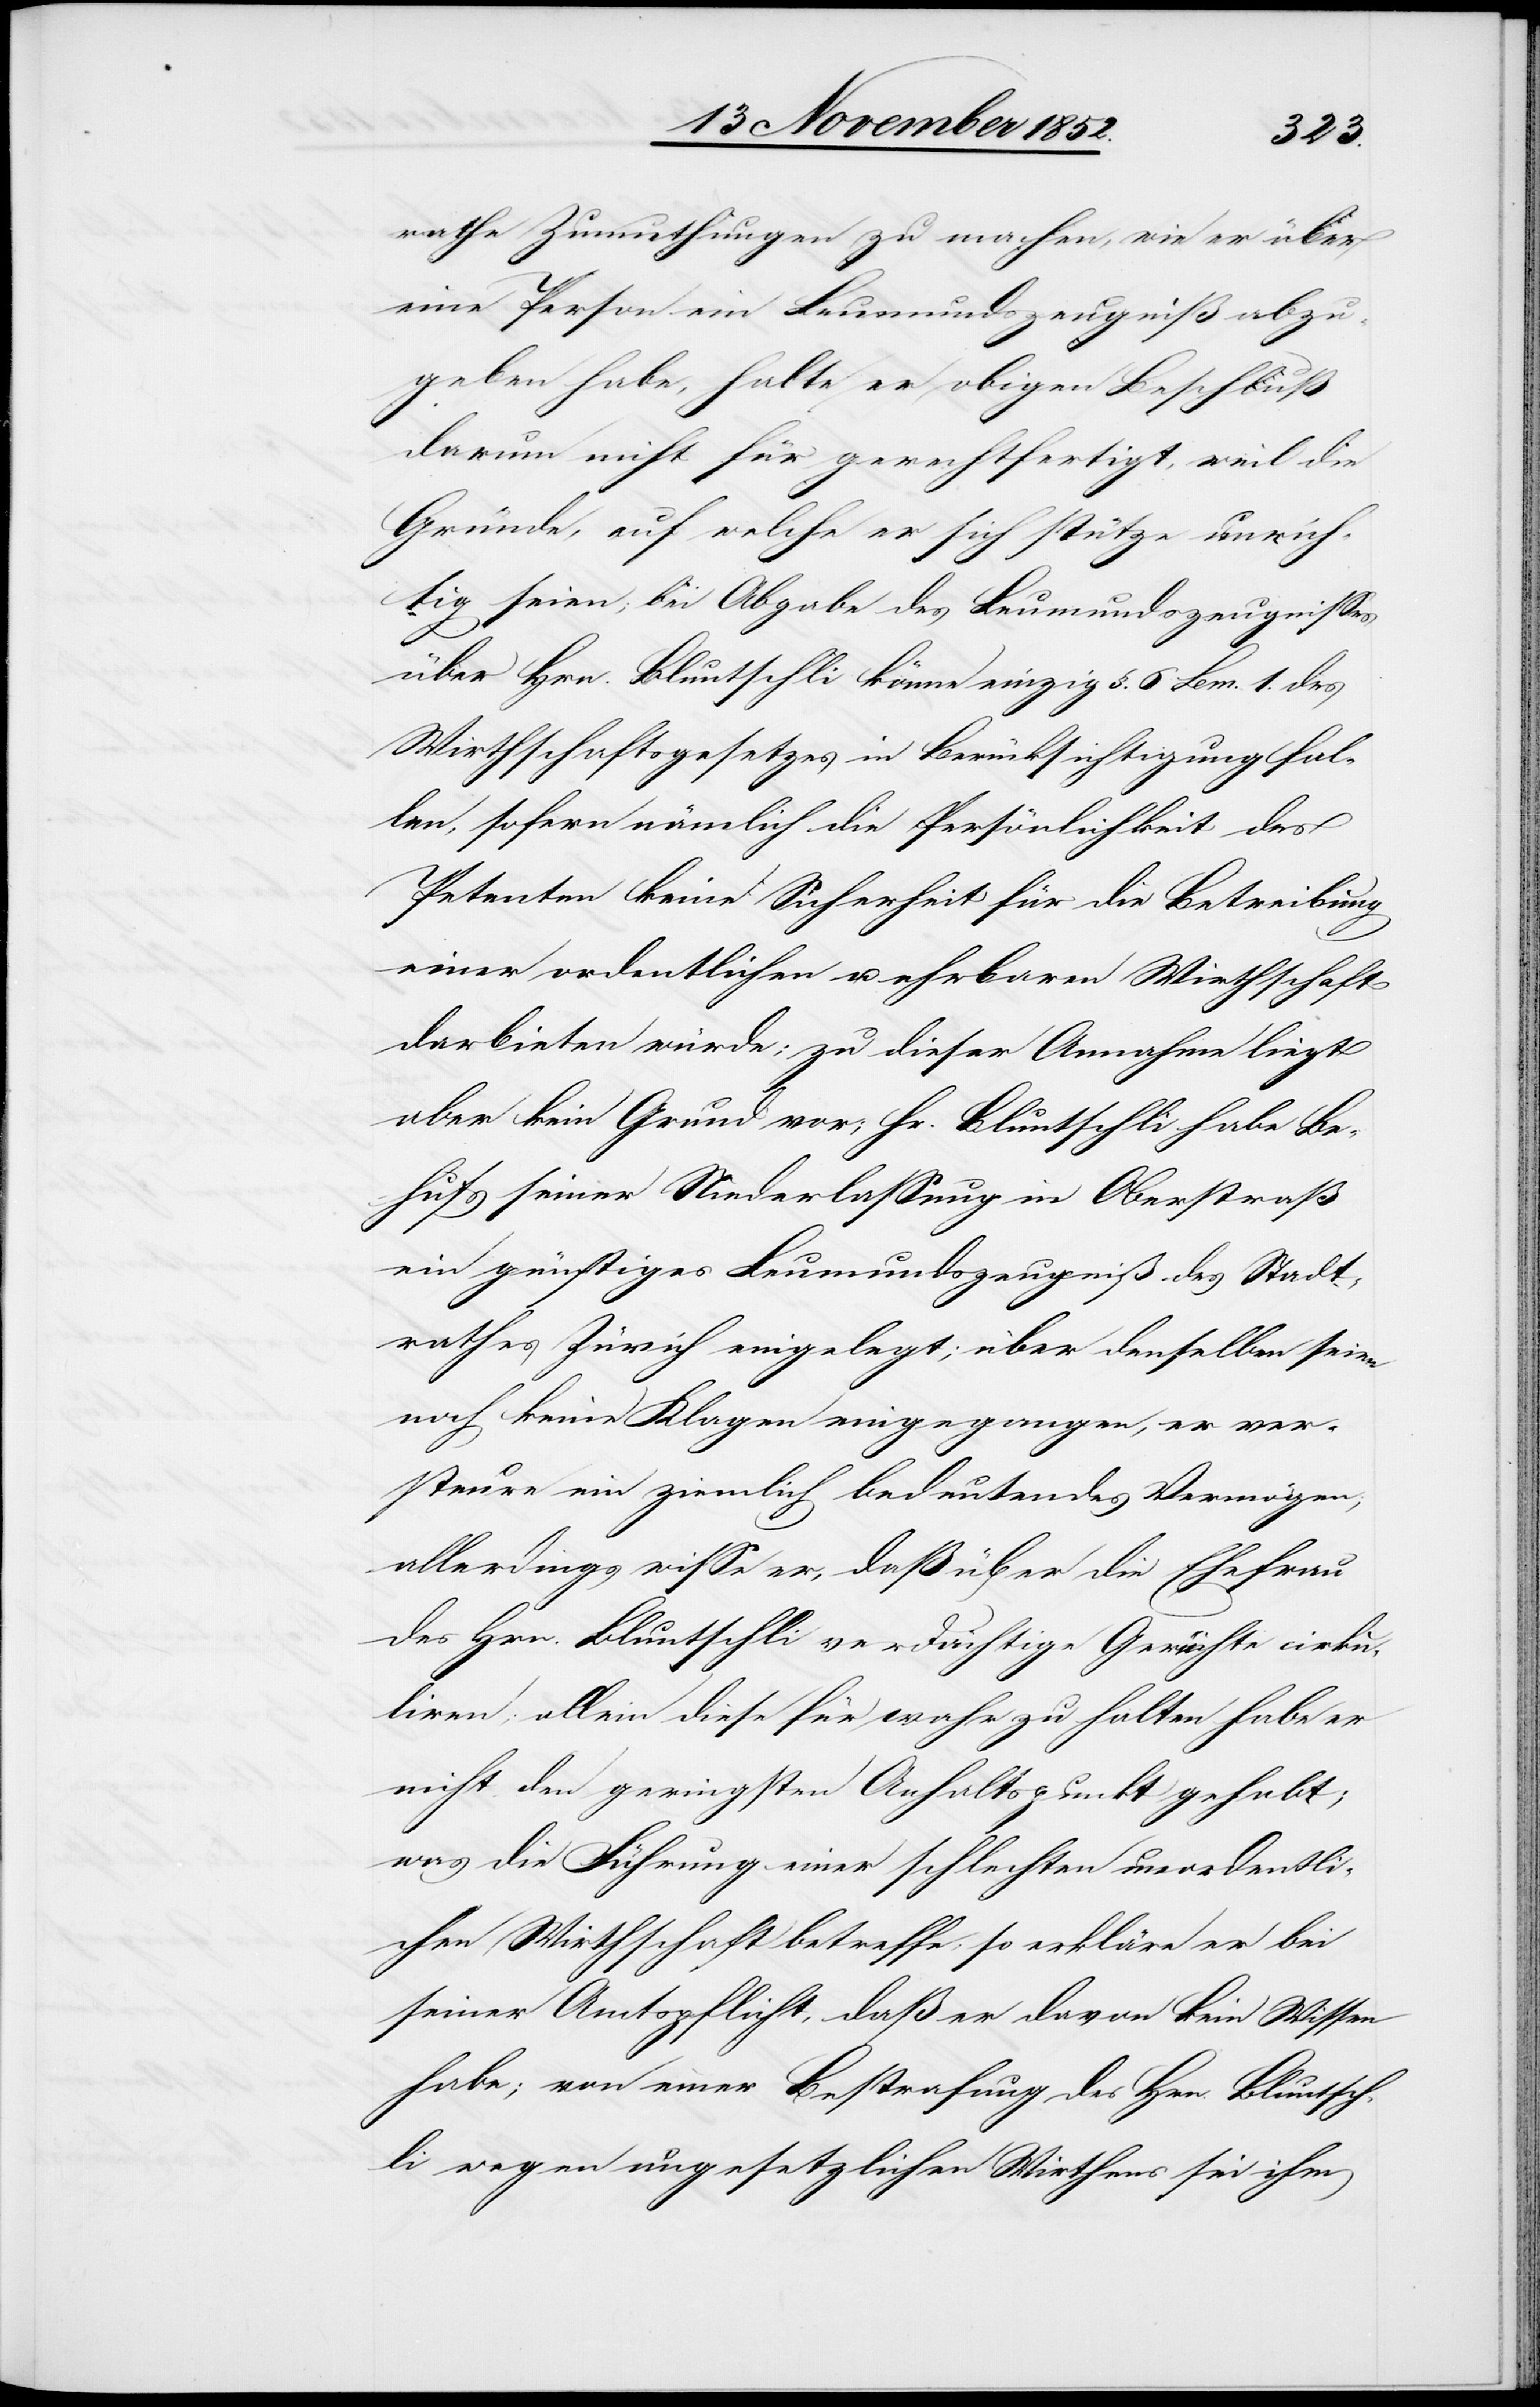
rathe Zumuthungen zu machen, wie er über
eine Person ein Leumundszeugniß abzu¬
geben habe, halte er obigen Beschluß
darum nicht für gerechtfertigt, weil die
Gründe, auf welche er sich stütze unrich¬
tig seien; bei Abgabe des Leumundszeugnisses
über Hrn. Bluntschli könne einzig §. 6 Lem. 1. des
Wirthschaftsgesetzes in Berücksichtigung fal¬
len, sofern nämlich die Persönlichkeit des
Petenten keine Sicherheit für die Betreibung
einer ordentlichen u. ehrbaren Wirthschaft
darbieten würde; zu dieser Annahme liegt
aber kein Grund vor; Hr. Bluntschli habe Be¬
hufs seiner Niederlassung in Oberstraß
ein günstiges Leumundszeugniß des Stadt¬
rathes Zürich eingelegt; über denselben seien
noch keine Klagen eingegangen, er ver¬
steure ein ziemlich bedeutendes Vermögen;
allerdings wisse er, daß über die Ehefrau
des Hrn. Bluntschli verdächtige Gerüchte cirku¬
liren; allein diese für wahr zu halten habe er
nicht den geringsten Anhaltspunkt gehabt;
was die Führung einer schlechten unordentli¬
chen Wirthschaft betreffe, so erkläre er bei
seiner Amtspflicht, daß er davon kein Wissen
habe; von einer Bestrafung des Hrn. Bluntsch¬
li wegen ungesetzlichen Wirthens sei ihm